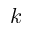
k